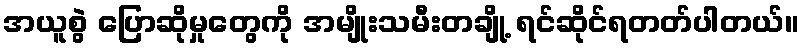
အယူစွဲ ပြောဆိုမှုတွေကို အမျိုးသမီးတချို့ ရင်ဆိုင်ရတတ်ပါတယ်။